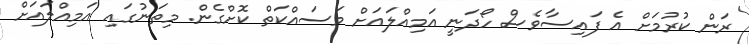
ރަން ކުރުމަށް އެ ފައިސާވެސް ހޯދަނީ އަމިއްލައަށް މަސައްކަތް ކޮށްގެން. މިތަނުގައި އަމިއްލައަށް